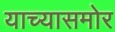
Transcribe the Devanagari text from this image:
याच्यासमोर